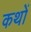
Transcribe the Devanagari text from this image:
कथों